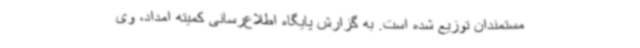
مستمندان توزیع شده است. به گزارش پایگاه اطلاع‌رسانی کمیته امداد، وی